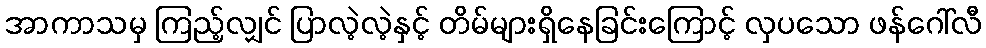
အာကာသမှ ကြည့်လျှင် ပြာလဲ့လဲ့နှင့် တိမ်များရှိနေခြင်းကြောင့် လှပသော ဖန်ဂေါ်လီ